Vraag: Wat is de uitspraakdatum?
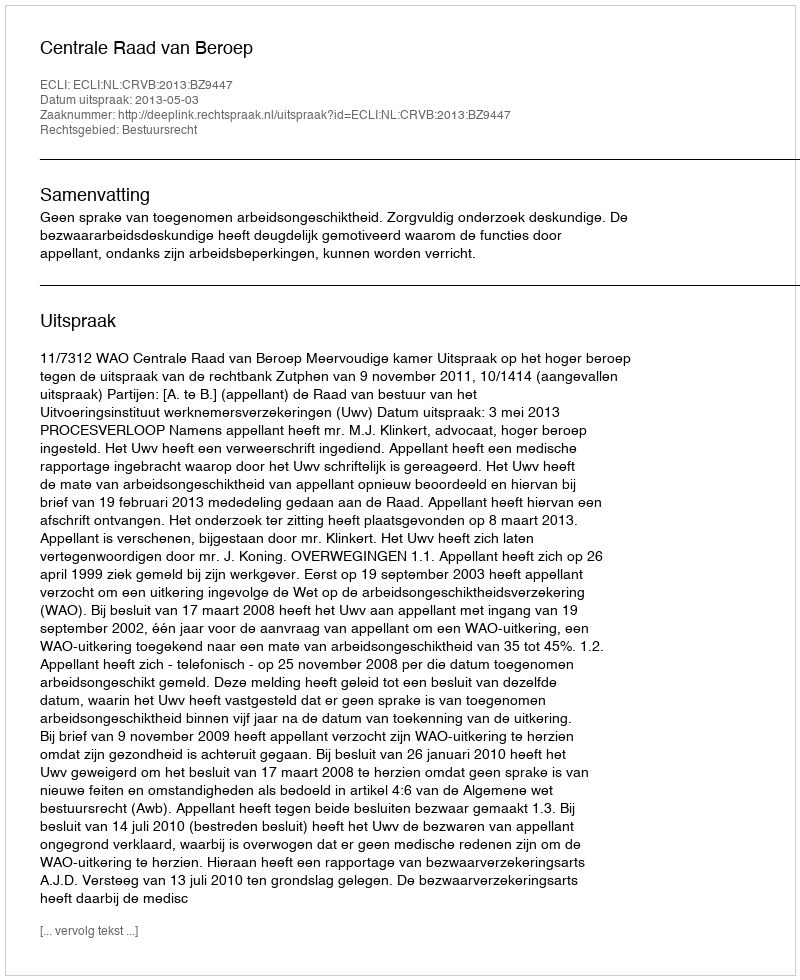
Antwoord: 2013-05-03